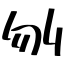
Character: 刎